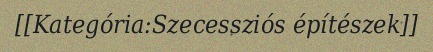
[[Kategória:Szecessziós építészek]]